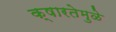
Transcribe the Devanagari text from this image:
क्षारतेमुळे